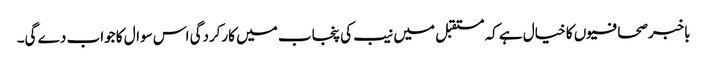
باخبرصحافیوں کا خیال ہے کہ مستقبل میں نیب کی پنجاب میں کارکردگی اس سوال کا جواب دے گی۔